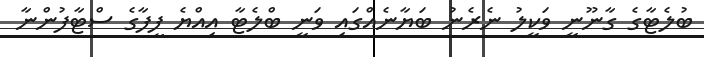
ބުލެޓާގެ ގާނޫނީ ވަކީލު ނެރެނު ބަޔާނެއްގައި ވަނީ ބްލެޓާ އިއްޔެ ފީފާގެ ސްޓާފުންނާ